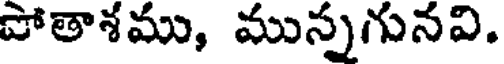
పోతాశము, మున్నగునవి.